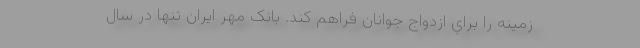
زمينه را براي ازدواج جوانان فراهم كند. بانک مهر ایران تنها در سال